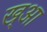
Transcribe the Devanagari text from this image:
ख्आ